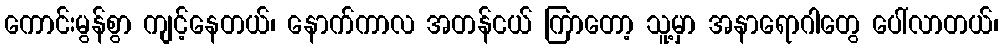
ကောင်းမွန်စွာ ကျင့်နေတယ်၊ နောက်ကာလ အတန်ငယ် ကြာတော့ သူ့မှာ အနာရောဂါတွေ ပေါ်လာတယ်၊